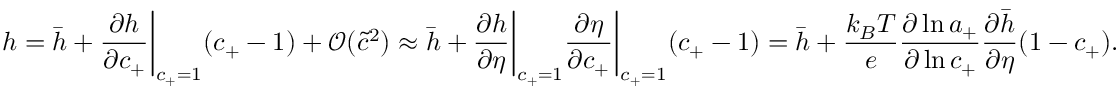
h = \bar { h } + \frac { \partial h } { \partial c _ { + } } \bigg | _ { c _ { + } = 1 } ( c _ { + } - 1 ) + \mathcal { O } ( \tilde { c } ^ { 2 } ) \approx \bar { h } + \frac { \partial h } { \partial \eta } \bigg | _ { c _ { + } = 1 } \frac { \partial \eta } { \partial c _ { + } } \bigg | _ { c _ { + } = 1 } ( c _ { + } - 1 ) = \bar { h } + \frac { k _ { B } T } { e } \frac { \partial \ln { a _ { + } } } { \partial \ln { c _ { + } } } \frac { \partial \bar { h } } { \partial \eta } ( 1 - c _ { + } ) .